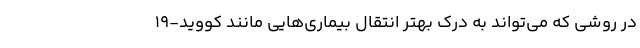
در روشی که می‌تواند به درک بهتر انتقال بیماری‌هایی مانند کووید-۱۹